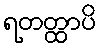
ရတတ္ထာပိ